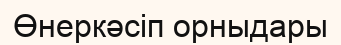
Өнеркәсіп орныдары